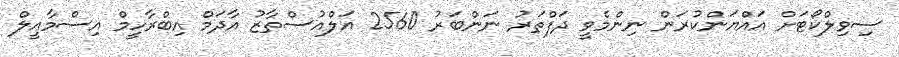
ސިވިލްކޯޓަށް އައްޔަންކުރަން ނިންމެވީ ދަފްތަރު ނަންބަރު 2560 އަލްއުސްތާޒު އާދަމް އިބްރާހީމް އިސްމާއީލް